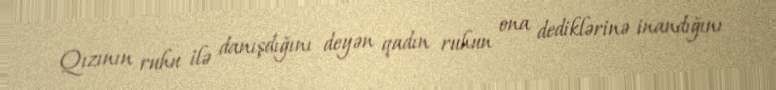
Qızının ruhu ilə danışdığını deyən qadın ruhun ona dediklərinə inandığını